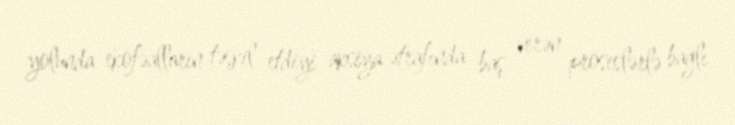
yolunda ekofəalların təşkil etdiyi aksiya ətrafında baş verən proseslərlə bağlı